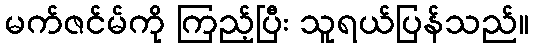
မက်ဇင်မ်ကို ကြည့်ပြီး သူရယ်ပြန်သည်။